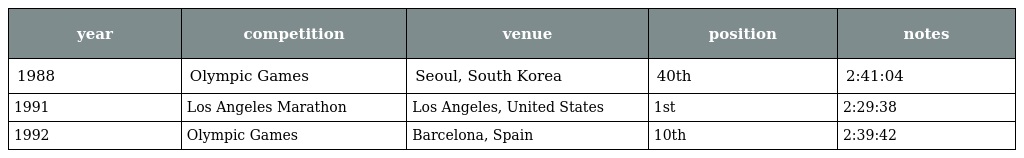
| year | competition | venue | position | notes |
 | --- | --- | --- | --- | --- |
 | 1988 | Olympic Games | Seoul, South Korea | 40th | 2:41:04 |
 | 1991 | Los Angeles Marathon | Los Angeles, United States | 1st | 2:29:38 |
 | 1992 | Olympic Games | Barcelona, Spain | 10th | 2:39:42 |